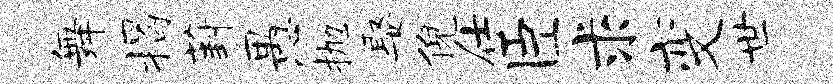
舞揭葑愚抛娶倪仕臣求变世